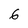
Character: 6